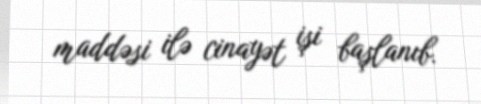
maddəsi ilə cinayət işi başlanıb.